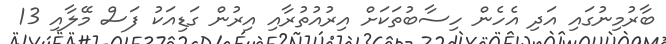
ބާރުމިނުގައި އަދި އެހެން ހިސާބުތަކަށް އިރުއުތުރާއި އިރުން ގަޑިއަކު ފަސް މޭލާއި 13